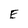
Character: E